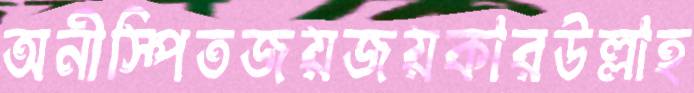
অনীস্পিতজয়জয়কারউল্লাহ